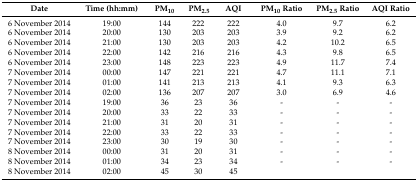
<table><thead><tr><td><b>Date</b></td><td><b>Time (hh:mm)</b></td><td><b>PM<sub>10</sub></b></td><td><b>PM<sub>2.5</sub></b></td><td><b>AQI</b></td><td><b>PM<sub>10</sub> Ratio</b></td><td><b>PM<sub>2.5</sub> Ratio</b></td><td><b>AQI Ratio</b></td></tr></thead><tbody><tr><td>6 November 2014</td><td>19:00</td><td>144</td><td>222</td><td>222</td><td>4.0</td><td>9.7</td><td>6.2</td></tr><tr><td>6 November 2014</td><td>20:00</td><td>130</td><td>203</td><td>203</td><td>3.9</td><td>9.2</td><td>6.2</td></tr><tr><td>6 November 2014</td><td>21:00</td><td>130</td><td>203</td><td>203</td><td>4.2</td><td>10.2</td><td>6.5</td></tr><tr><td>6 November 2014</td><td>22:00</td><td>142</td><td>216</td><td>216</td><td>4.3</td><td>9.8</td><td>6.5</td></tr><tr><td>6 November 2014</td><td>23:00</td><td>148</td><td>223</td><td>223</td><td>4.9</td><td>11.7</td><td>7.4</td></tr><tr><td>7 November 2014</td><td>00:00</td><td>147</td><td>221</td><td>221</td><td>4.7</td><td>11.1</td><td>7.1</td></tr><tr><td>7 November 2014</td><td>01:00</td><td>141</td><td>213</td><td>213</td><td>4.1</td><td>9.3</td><td>6.3</td></tr><tr><td>7 November 2014</td><td>02:00</td><td>136</td><td>207</td><td>207</td><td>3.0</td><td>6.9</td><td>4.6</td></tr><tr><td>7 November 2014</td><td>19:00</td><td>36</td><td>23</td><td>36</td><td>-</td><td>-</td><td>-</td></tr><tr><td>7 November 2014</td><td>20:00</td><td>33</td><td>22</td><td>33</td><td>-</td><td>-</td><td>-</td></tr><tr><td>7 November 2014</td><td>21:00</td><td>31</td><td>20</td><td>31</td><td>-</td><td>-</td><td>-</td></tr><tr><td>7 November 2014</td><td>22:00</td><td>33</td><td>22</td><td>33</td><td>-</td><td>-</td><td>-</td></tr><tr><td>7 November 2014</td><td>23:00</td><td>30</td><td>19</td><td>30</td><td>-</td><td>-</td><td>-</td></tr><tr><td>8 November 2014</td><td>00:00</td><td>31</td><td>20</td><td>31</td><td>-</td><td>-</td><td>-</td></tr><tr><td>8 November 2014</td><td>01:00</td><td>34</td><td>23</td><td>34</td><td>-</td><td>-</td><td>-</td></tr><tr><td>8 November 2014</td><td>02:00</td><td>45</td><td>30</td><td>45</td><td></td><td></td><td></td></tr></tbody></table>